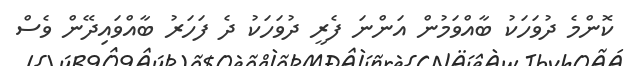
ކޮންމެ ދުވަހަކު ބާއްވަމުން އަންނަ ފެރީ ދުވަހަކު ދެ ފަހަރު ބާއްވައިދޭން ވެސް